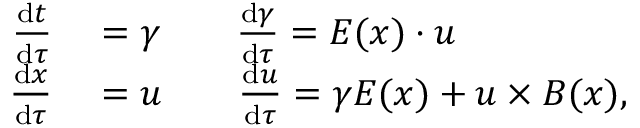
\begin{array} { r l } { \frac { \mathrm { d } t } { \mathrm { d } \tau } } & { { } = \gamma \qquad \frac { \mathrm { d } \gamma } { \mathrm { d } \tau } = E ( x ) \cdot u } \\ { \frac { \mathrm { d } x } { \mathrm { d } \tau } } & { { } = u \qquad \frac { \mathrm { d } u } { \mathrm { d } \tau } = \gamma E ( x ) + u \times B ( x ) , } \end{array}